Report of the Hyderabad Chloroform Commission
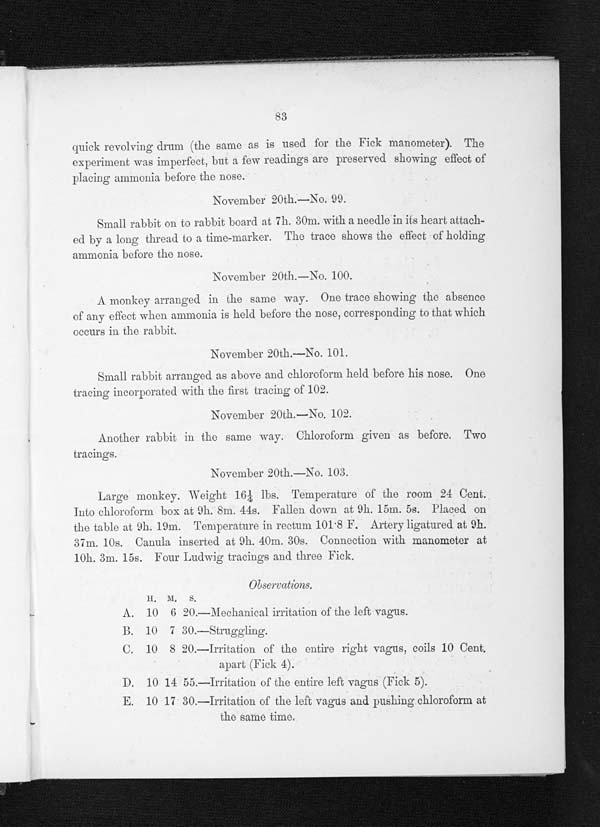
83
quick revolving drum (the same as is used for the Fick manometer). The
experiment was imperfect, but a few readings are preserved showing effect of
placing ammonia before the nose.
November 20th.—No. 99.
Small rabbit on to rabbit board at 7h. 30m. with a needle in its heart attach-
ed by a long thread to a time-marker. The trace shows the effect of holding
ammonia before the nose.
November 20th.—No. 100.
A monkey arranged in the same way. One trace showing the absence
of any effect when ammonia is held before the nose, corresponding to that which
occurs in the rabbit.
November 20th.—No. 101.
Small rabbit arranged as above and chloroform held before his nose. One
tracing incorporated with the first tracing of 102.
November 20th.—No. 102.
Another rabbit in the same way. Chloroform given as before. Two
tracings.
November 20th.—No. 103.
Large monkey. Weight 161/4 lbs. Temperature of the room 24 Cent.
Into chloroform box at 9h. 8m. 44s. Fallen down at 9h. 15m. 5s. Placed on
the table at 9h. 19m. Temperature in rectum 101.8 F. Artery ligatured at, 9h.
37m. 10s. Canula inserted at 9h. 40m. 30s. Connection with manometer at
10h. 3m. 15s. Four Ludwig tracings and three Fick.
Observations.
H . M . S
A. 10 6 20.—Mechanical irritation of the left vagus.
B. 10 7 30. —St ruggl i ng.
C. 10 8 20.—Irritation of the entire right vagus, coils 10 Cent.
apart (Fick 4).
D. 10 14 55.—Irritation of the entire left vagus (Fick 5).
E. 10 17 30.—Irritation of the left vagus and pushing chloroform at
the same time.